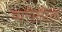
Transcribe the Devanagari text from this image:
वारीतील